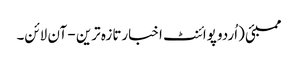
ممبئی (اُردو پوائنٹ اخبارتازہ ترین - آن لائن۔